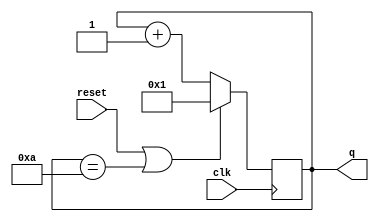
module top_module (
    input clk,
    input reset,
    output [3:0] q);
    
    initial q <= 1;
    always @(posedge clk) begin
        if(reset | (q == 10)) q <= 1;
        else q <= q + 1;
    end

endmodule